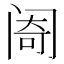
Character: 𬮮